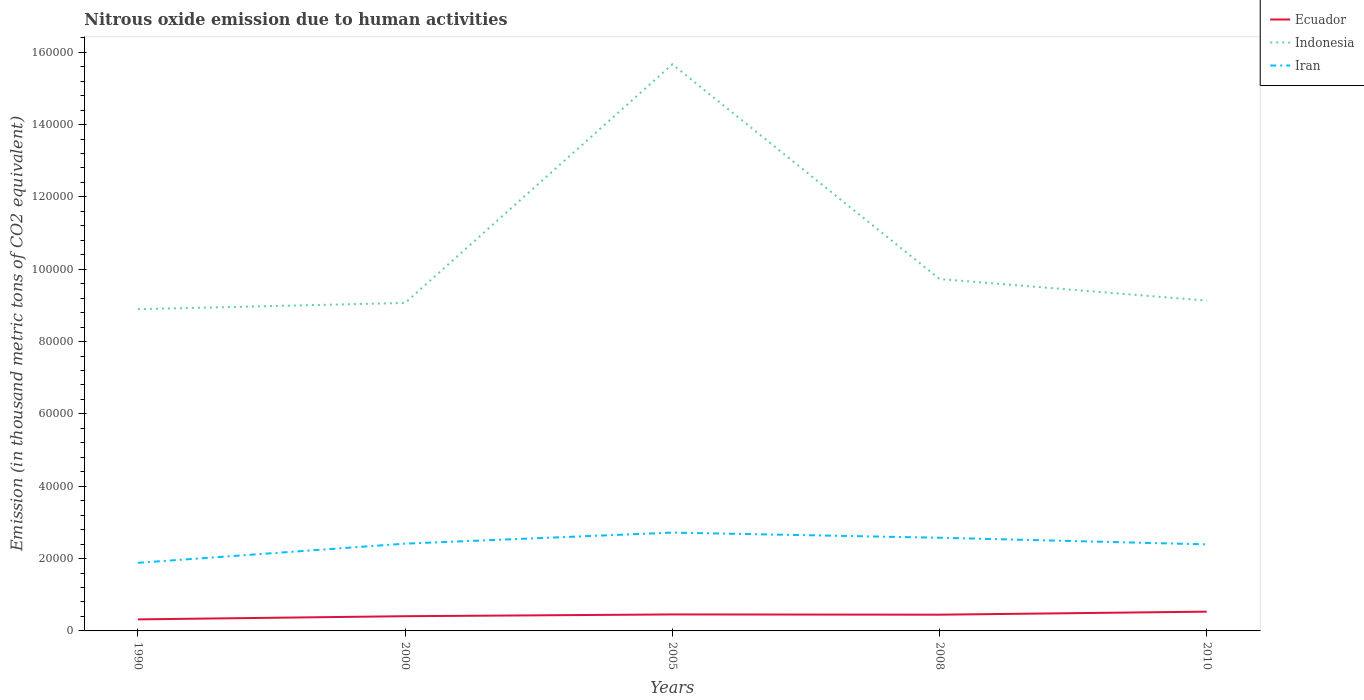
| Years | Ecuador | Indonesia | Iran |
 | --- | --- | --- | --- |
 | 1990 | 3.19e+03 | 8.89e+04 | 1.88e+04 |
 | 2000 | 4.07e+03 | 9.07e+04 | 2.41e+04 |
 | 2005 | 4.56e+03 | 1.57e+05 | 2.72e+04 |
 | 2008 | 4.49e+03 | 9.73e+04 | 2.58e+04 |
 | 2010 | 5.33e+03 | 9.13e+04 | 2.39e+04 |